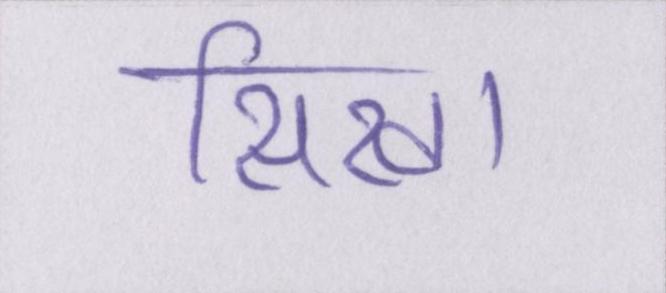
सिखा